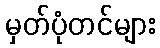
မှတ်ပုံတင်များ